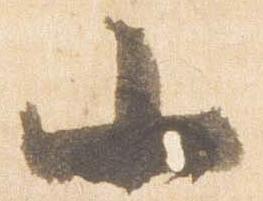
小